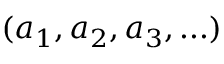
( a _ { 1 } , a _ { 2 } , a _ { 3 } , . . . )